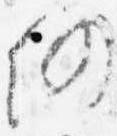
仍